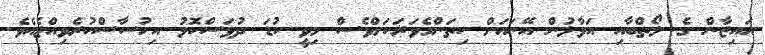
އައިޒާން ގެ ލޯތްބާއި އަޅާލުން އޭނައަށް ކިތަންމެވަރަކަށްވެސް މިވީ ކުޑަ ދުވަސްކޮޅު އިހުސާސްކުރެވިއްޖެއެވެ.